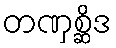
တဏှစ္ဆိဒ